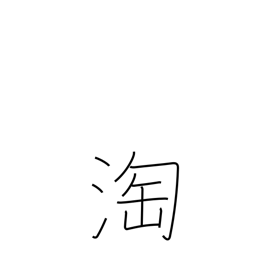
Meaning: select